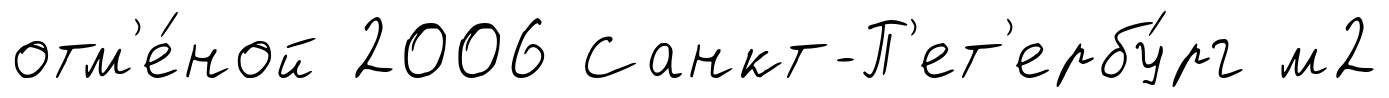
отм'е́ной 2006 Санкт-П'ет'ербу́рг м2